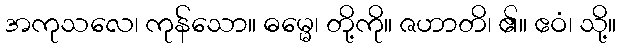
အကုသလေ၊ ကုန်သော။ ဓမ္မေ၊ တို့ကို။ ဇဟာတိ၊ ၏။ ဧဝံ၊ သို့။